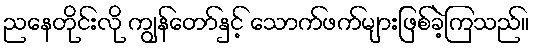
ညနေတိုင်းလို ကျွန်တော်နှင့် သောက်ဖက်များဖြစ်ခဲ့ကြသည်။